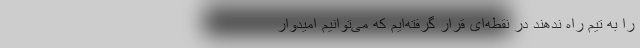
را به تیم راه ندهند در نقطه‌ای قرار گرفته‌ایم که می‌توانیم امیدوار